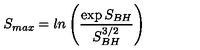
S _ { m a x } = l n \left( { \frac { \exp { S _ { B H } } } { S _ { B H } ^ { 3 / 2 } } } \right) ~